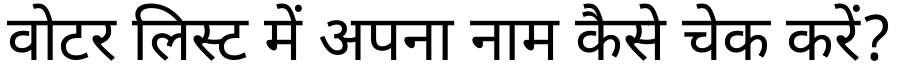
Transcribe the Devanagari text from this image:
वोटर लिस्ट में अपना नाम कैसे चेक करें?